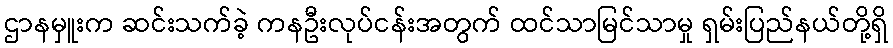
ဌာနမှူးက ဆင်းသက်ခဲ့ ကနဦးလုပ်ငန်းအတွက် ထင်သာမြင်သာမှု ရှမ်းပြည်နယ်တို့ရှိ